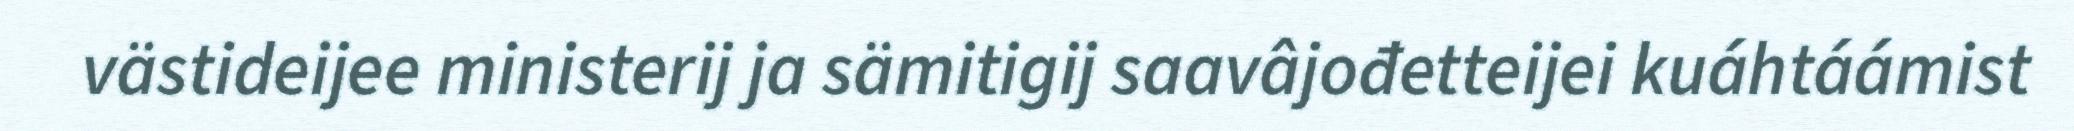
västideijee ministerij ja sämitigij saavâjođetteijei kuáhtáámist